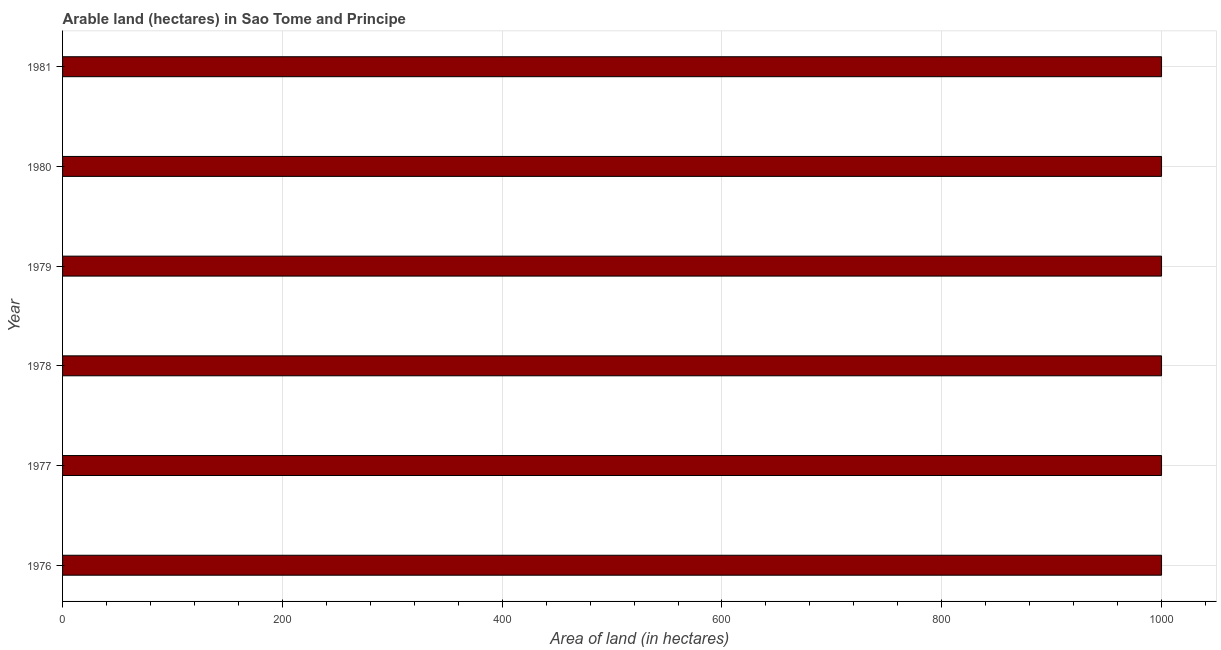
| Year | Area of land |
 | --- | --- |
 | 1976 | 1e+03 |
 | 1977 | 1e+03 |
 | 1978 | 1e+03 |
 | 1979 | 1e+03 |
 | 1980 | 1e+03 |
 | 1981 | 1e+03 |